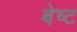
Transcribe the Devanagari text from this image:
बेष्ट